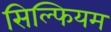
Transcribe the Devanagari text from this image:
सिल्फियम